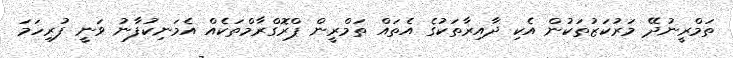
ތަމްރީނުދޭ މަރުކަޒުތަކުން އެކި ދާއިރާތަކުގެ އެތައް ތަމްރީން ޕްރޮގްރާމްތަކެއް އެމަނިކުފާނު ވަނީ ފުރިހަމަ